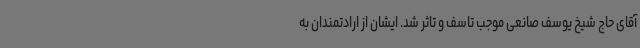
آقای حاج شیخ یوسف صانعی موجب تاسف و تاثر شد. ایشان از ارادتمندان به